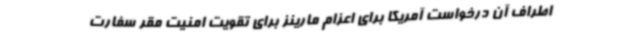
اطراف آن درخواست آمریکا برای اعزام مارینز برای تقویت امنیت مقر سفارت